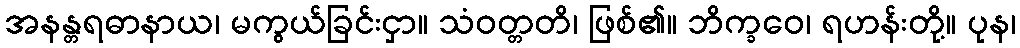
အနန္တရဓာနာယ၊ မကွယ်ခြင်းငှာ။ သံဝတ္တတိ၊ ဖြစ်၏။ ဘိက္ခဝေ၊ ရဟန်းတို့။ ပုန၊